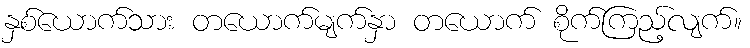
နှစ်ယောက်သား တယောက်မျက်နှာ တယောက် စိုက်ကြည့်လျက်။